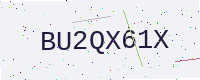
Text: BU2QX61X